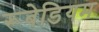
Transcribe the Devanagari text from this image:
रूबेडियम